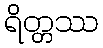
ရိတ္တဿ